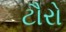
ટૌરો